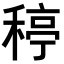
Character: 𥠣